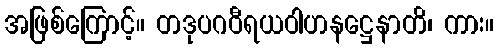
အဖြစ်ကြောင့်။ တဒုပဂဝီရယဝါဟနဋ္ဌေနာတိ၊ ကား။